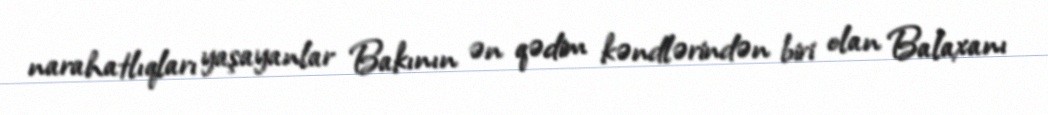
narahatlıqları yaşayanlar Bakının ən qədim kəndlərindən biri olan Balaxanı